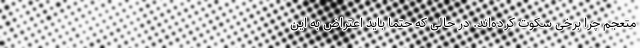
متعجم چرا برخی سکوت کرده‌اند. در حالی که حتما باید اعتراض به این